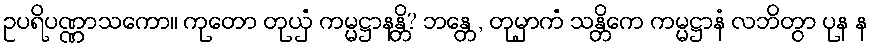
ဥပရိပဏ္ဏာသကော။ ကုတော တုယှံ ကမ္မဋ္ဌာနန္တိ? ဘန္တေ, တုမှာကံ သန္တိကေ ကမ္မဋ္ဌာနံ လဘိတွာ ပုန န